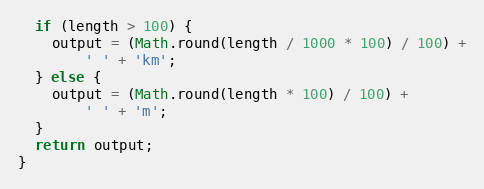
Language: JavaScript
  if (length > 100) {
    output = (Math.round(length / 1000 * 100) / 100) +
        ' ' + 'km';
  } else {
    output = (Math.round(length * 100) / 100) +
        ' ' + 'm';
  }
  return output;
}